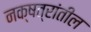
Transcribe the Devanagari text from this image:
नक्षत्रांतील